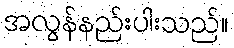
အလွန်နည်းပါးသည်။